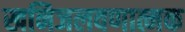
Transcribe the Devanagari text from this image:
खनिजलवणात्मक